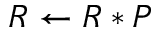
R \gets R * P